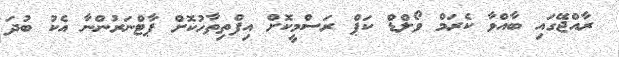
ރާއްޖޭގައި ބާއްވާ ކެރަމް ވޯލްޑް ކަޕް ރަސްމީކޮށް އިފްތިތާހުކޮށް ޕާޓްނަރުންނާ އެކު ބުދަ